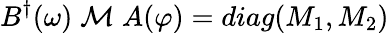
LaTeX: B^{\dagger}(\omega)\; {\cal M}\; A(\varphi)=diag(M_{1},M_{2})